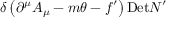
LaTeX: \delta \left( \partial ^ { \mu } A _ { \mu } - m \theta - f ^ { \prime } \right) \mathrm { D e t } N ^ { \prime }